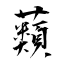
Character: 蘱